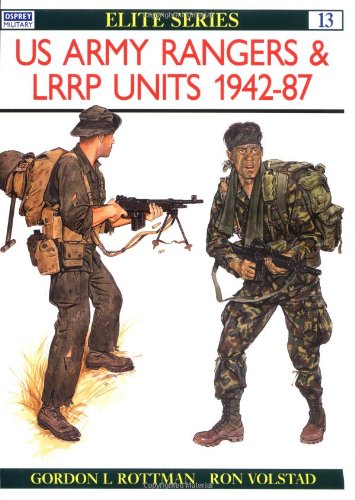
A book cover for US Army Rangers & LRRP Units 1942-87 (Elite); Gordon Rottman; History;